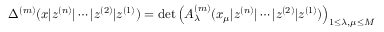
\Delta ^ { ( m ) } ( x | z ^ { ( n ) } | \cdots | z ^ { ( 2 ) } | z ^ { ( 1 ) } ) = \operatorname * { d e t } \left( A _ { \lambda } ^ { ( m ) } ( x _ { \mu } | z ^ { ( n ) } | \cdots | z ^ { ( 2 ) } | z ^ { ( 1 ) } ) \right) _ { 1 \leq \lambda , \mu \leq M }